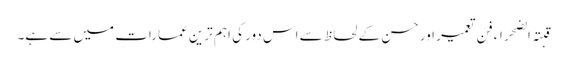
قبتہ الضحراء فن تعمیر اور حسن کے لحاظ سے اس دور کی اہم ترین عمارات میں سے ہے۔